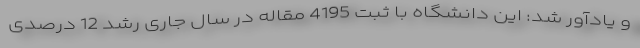
و یادآور شد: این دانشگاه با ثبت 4195 مقاله در سال جاری رشد 12 درصدی